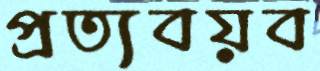
প্রত্যবয়ব